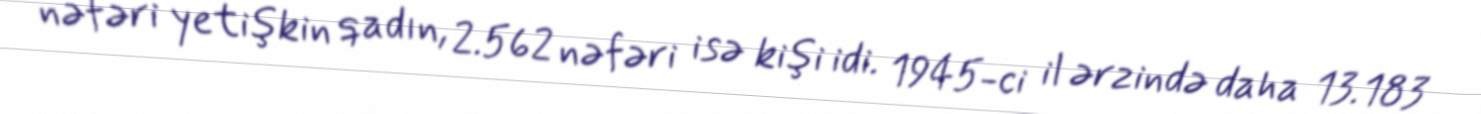
nəfəri yetişkin qadın, 2.562 nəfəri isə kişi idi. 1945-ci il ərzində daha 13.183